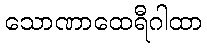
သောဏာထေရီဂါထာ